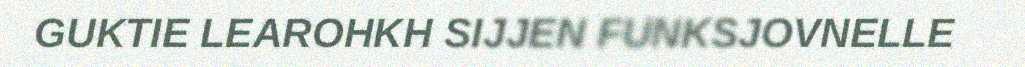
GUKTIE LEAROHKH SIJJEN FUNKSJOVNELLE